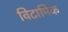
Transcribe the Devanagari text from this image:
विटामिक